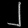
Digit: ၂